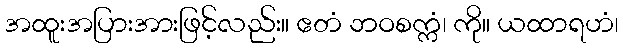
အထူးအပြားအားဖြင့်လည်း။ ဧတံ ဘဝစက္ကံ၊ ကို။ ယထာရဟံ၊